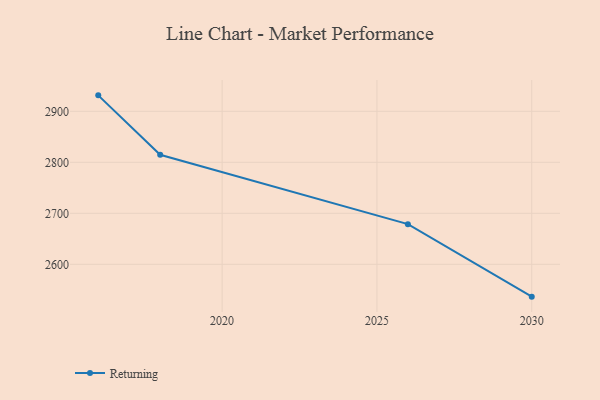
{"axis": {"x": "Year", "y": "Tickets Resolved"}, "legend": ["Returning"], "data": [{"x": "2030", "y": 2536.6, "type": "Returning"}, {"x": "2026", "y": 2678.8, "type": "Returning"}, {"x": "2018", "y": 2814.8, "type": "Returning"}, {"x": "2016", "y": 2931.3, "type": "Returning"}]}